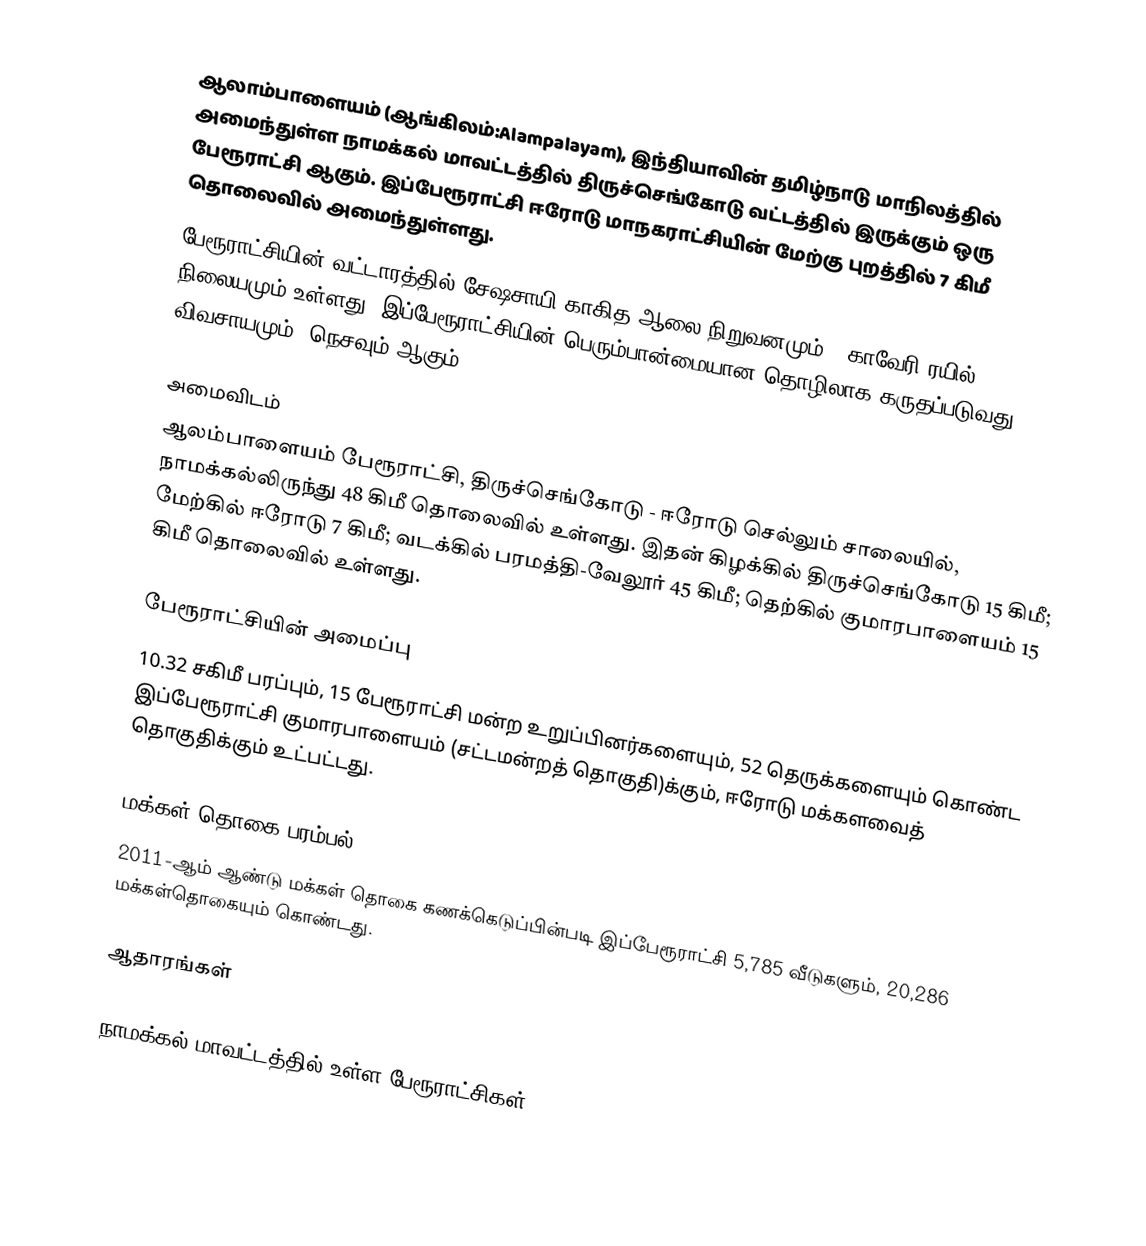
ஆலாம்பாளையம் (ஆங்கிலம்:Alampalayam), இந்தியாவின் தமிழ்நாடு மாநிலத்தில் அமைந்துள்ள நாமக்கல் மாவட்டத்தில் திருச்செங்கோடு வட்டத்தில் இருக்கும் ஒரு பேரூராட்சி ஆகும். இப்பேரூராட்சி ஈரோடு  மாநகராட்சியின் மேற்கு புறத்தில் 7 கிமீ தொலைவில் அமைந்துள்ளது.
பேரூராட்சியின் வட்டாரத்தில் சேஷசாயி காகித ஆலை நிறுவனமும் , காவேரி ரயில் நிலையமும்  உள்ளது. இப்பேரூராட்சியின் பெரும்பான்மையான தொழிலாக கருதப்படுவது விவசாயமும், நெசவும் ஆகும்

அமைவிடம்
ஆலம்பாளையம் பேரூராட்சி, திருச்செங்கோடு - ஈரோடு செல்லும் சாலையில், நாமக்கல்லிருந்து 48 கிமீ தொலைவில் உள்ளது. இதன் கிழக்கில் திருச்செங்கோடு 15 கிமீ; மேற்கில் ஈரோடு 7 கிமீ; வடக்கில் பரமத்தி-வேலூர் 45 கிமீ; தெற்கில் குமாரபாளையம் 15 கிமீ தொலைவில் உள்ளது.

பேரூராட்சியின் அமைப்பு
10.32 சகிமீ பரப்பும்,  15 பேரூராட்சி மன்ற  உறுப்பினர்களையும், 52 தெருக்களையும் கொண்ட இப்பேரூராட்சி குமாரபாளையம்   (சட்டமன்றத் தொகுதி)க்கும், ஈரோடு மக்களவைத் தொகுதிக்கும் உட்பட்டது.

மக்கள் தொகை பரம்பல்
2011-ஆம் ஆண்டு மக்கள் தொகை கணக்கெடுப்பின்படி  இப்பேரூராட்சி     5,785  வீடுகளும்,  20,286 மக்கள்தொகையும் கொண்டது.

ஆதாரங்கள்

நாமக்கல் மாவட்டத்தில் உள்ள பேரூராட்சிகள்